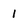
Character: 1